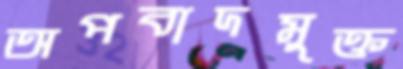
অপবাদমুক্ত